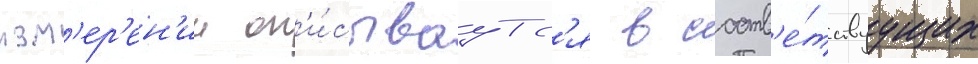
изм'ер'ен'ии оп'и́сываутс'я в соотв'е́тствуущих